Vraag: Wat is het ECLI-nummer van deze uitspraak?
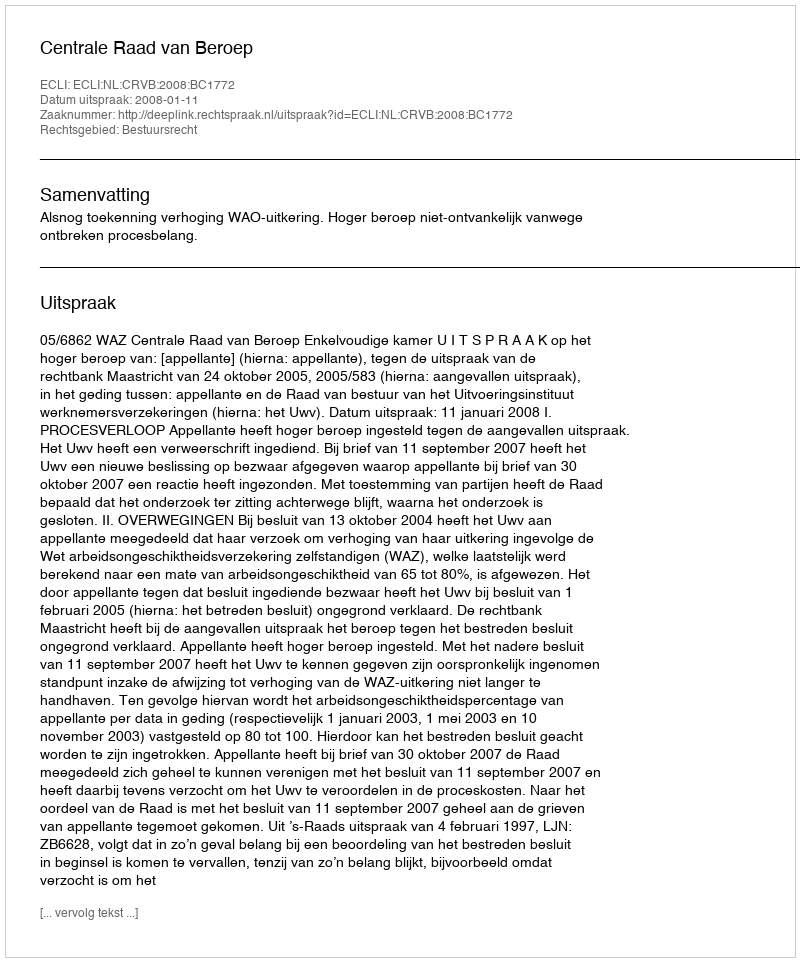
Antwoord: ECLI:NL:CRVB:2008:BC1772